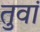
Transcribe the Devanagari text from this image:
तुवां